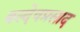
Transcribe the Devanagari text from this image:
बल्देवप्रसाद